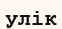
улік